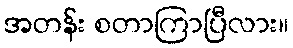
အတန်း စတာကြာပြီလား။